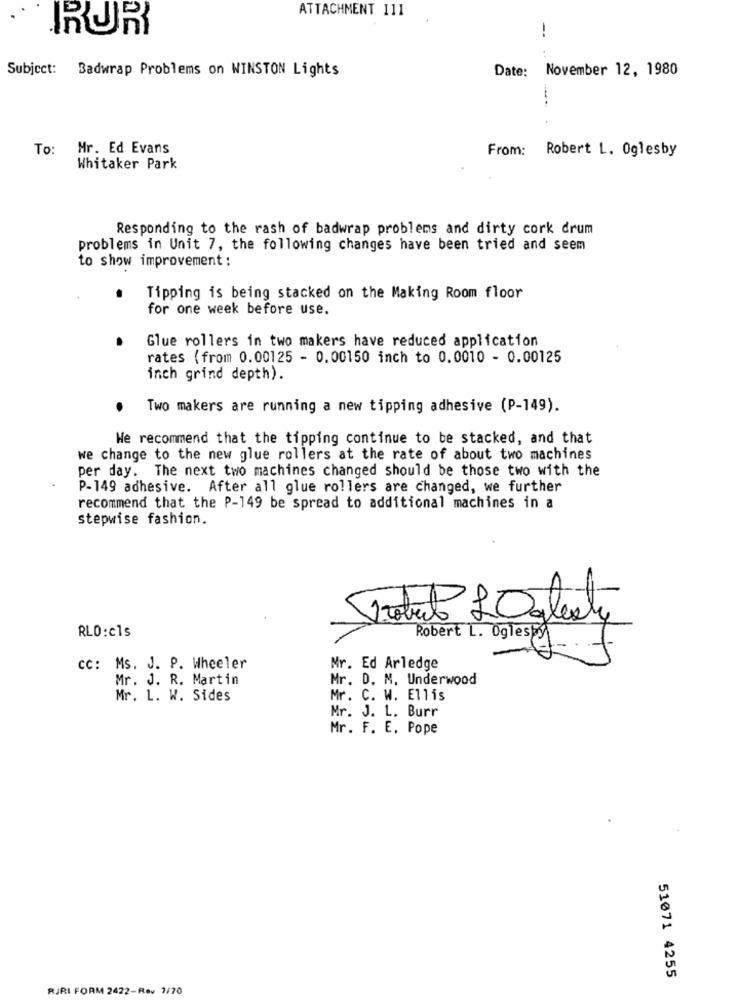
ATTACHMENT 111
RURY
--
Subject: Badwrap Problems on WINSTON Lights
Date: November 12, 1980
To:
Mr. Ed Evans
From: Robert L. Oglesby
Whitaker Park
Responding to the rash of badwrap problems and dirty cork drum
problems in Unit 7, the following changes have been tried and seem
to show improvement :
Tipping is being stacked on the Making Room floor
for one week before use.
Glue rollers in two makers have reduced application
rates (from 0.00125 - 0.00150 inch to 0.0010 - 0.00125
inch grind depth).
Two makers are running a new tipping adhesive (P-149).
We recommend that the tipping continue to be stacked, and that
we change to the new glue rollers at the rate of about two machines
per day. The next two machines changed should be those two with the
P-149 adhesive. After all glue rollers are changed, we further
recommend that the P-149 be spread to additional machines in a
stepwise fashion.
Inature LOglealy
RLO:cls
Robert L. Oglespy
Cc: Ms. J. P. Wheeler
Mr. Ed Arledge
Mr. J. R. Martin
Mr. D. M. Underwood
Mr. L. W. Sides
Mr. C. W. Ellis
Mr. J. L. Burr
Mr. F. E. Pope
51071 4255
RJRI FORM 2422-Rav 7/70